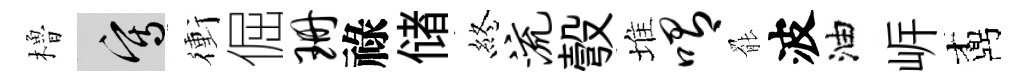
櫓寫衝倔珊祿储終流彀堆喟罷波油㟁鼒